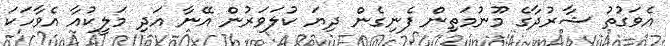
އެވަގުތު ޝާރުދާގެ މޫނުމަތިން ފެނިގެން ދިޔަ ކުލަވަރުން އޭނާ އަދި މަލީކުއާ އެވާހަކަ